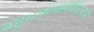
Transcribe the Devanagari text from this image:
बहुभाषाकोविदत्वाने